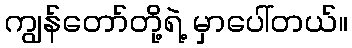
ကျွန်တော်တို့ရဲ့ မှာပေါ်တယ်။